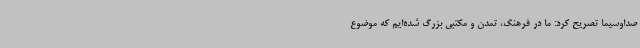
صداوسیما تصریح کرد: ما در فرهنگ، تمدن و مکتبی بزرگ شده‌ایم که موضوع